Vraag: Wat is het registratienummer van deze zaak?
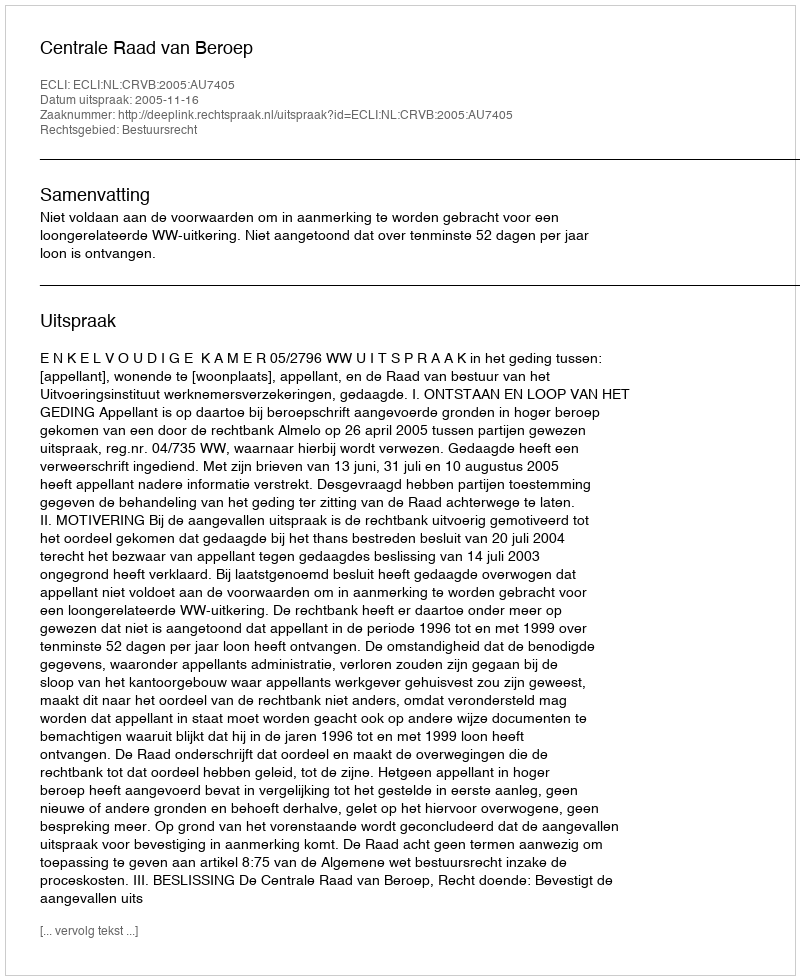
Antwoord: http://deeplink.rechtspraak.nl/uitspraak?id=ECLI:NL:CRVB:2005:AU7405